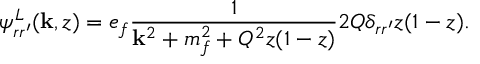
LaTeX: \psi _ { r r ^ { \prime } } ^ { L } ( { \bf k } , z ) = e _ { f } \frac { 1 } { { \bf k } ^ { 2 } + m _ { f } ^ { 2 } + Q ^ { 2 } z ( 1 - z ) } 2 Q \delta _ { r r ^ { \prime } } z ( 1 - z ) .